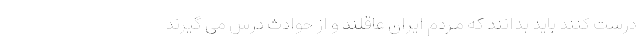
درست کنند باید بدانند که مردم ایران عاقلند و از حوادث درس می گیرند